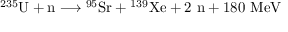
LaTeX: \ { } ^ { 2 3 5 } \mathrm { U } + \mathrm { n } \longrightarrow { } ^ { 9 5 } \mathrm { S r } + { } ^ { 1 3 9 } \mathrm { X e } + 2 \ \mathrm { n } + 1 8 0 \ \mathrm { M e V }